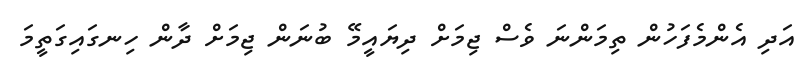
އަދި އެންމެފަހުން ތިމަންނަ ވެސް ޖިމަށް ދިޔައީމޭ ބުނަން ޖިމަށް ދާން ހިނގައިގަތީމަ